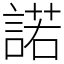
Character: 諾